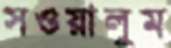
সওয়ালুম